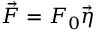
\vec { F } = F _ { 0 } \vec { \eta }